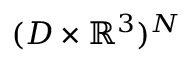
( D \times \mathbb { R } ^ { 3 } ) ^ { N }